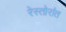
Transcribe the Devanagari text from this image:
रेस्तोरांत